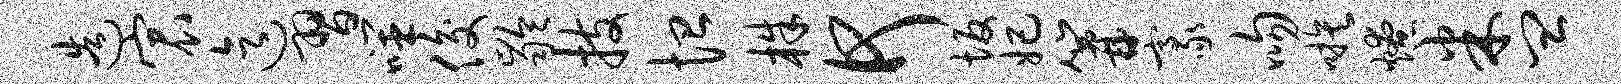
造宸迄习噬俊龄技恤株何坂妃篝豪吻嗾燎米皿